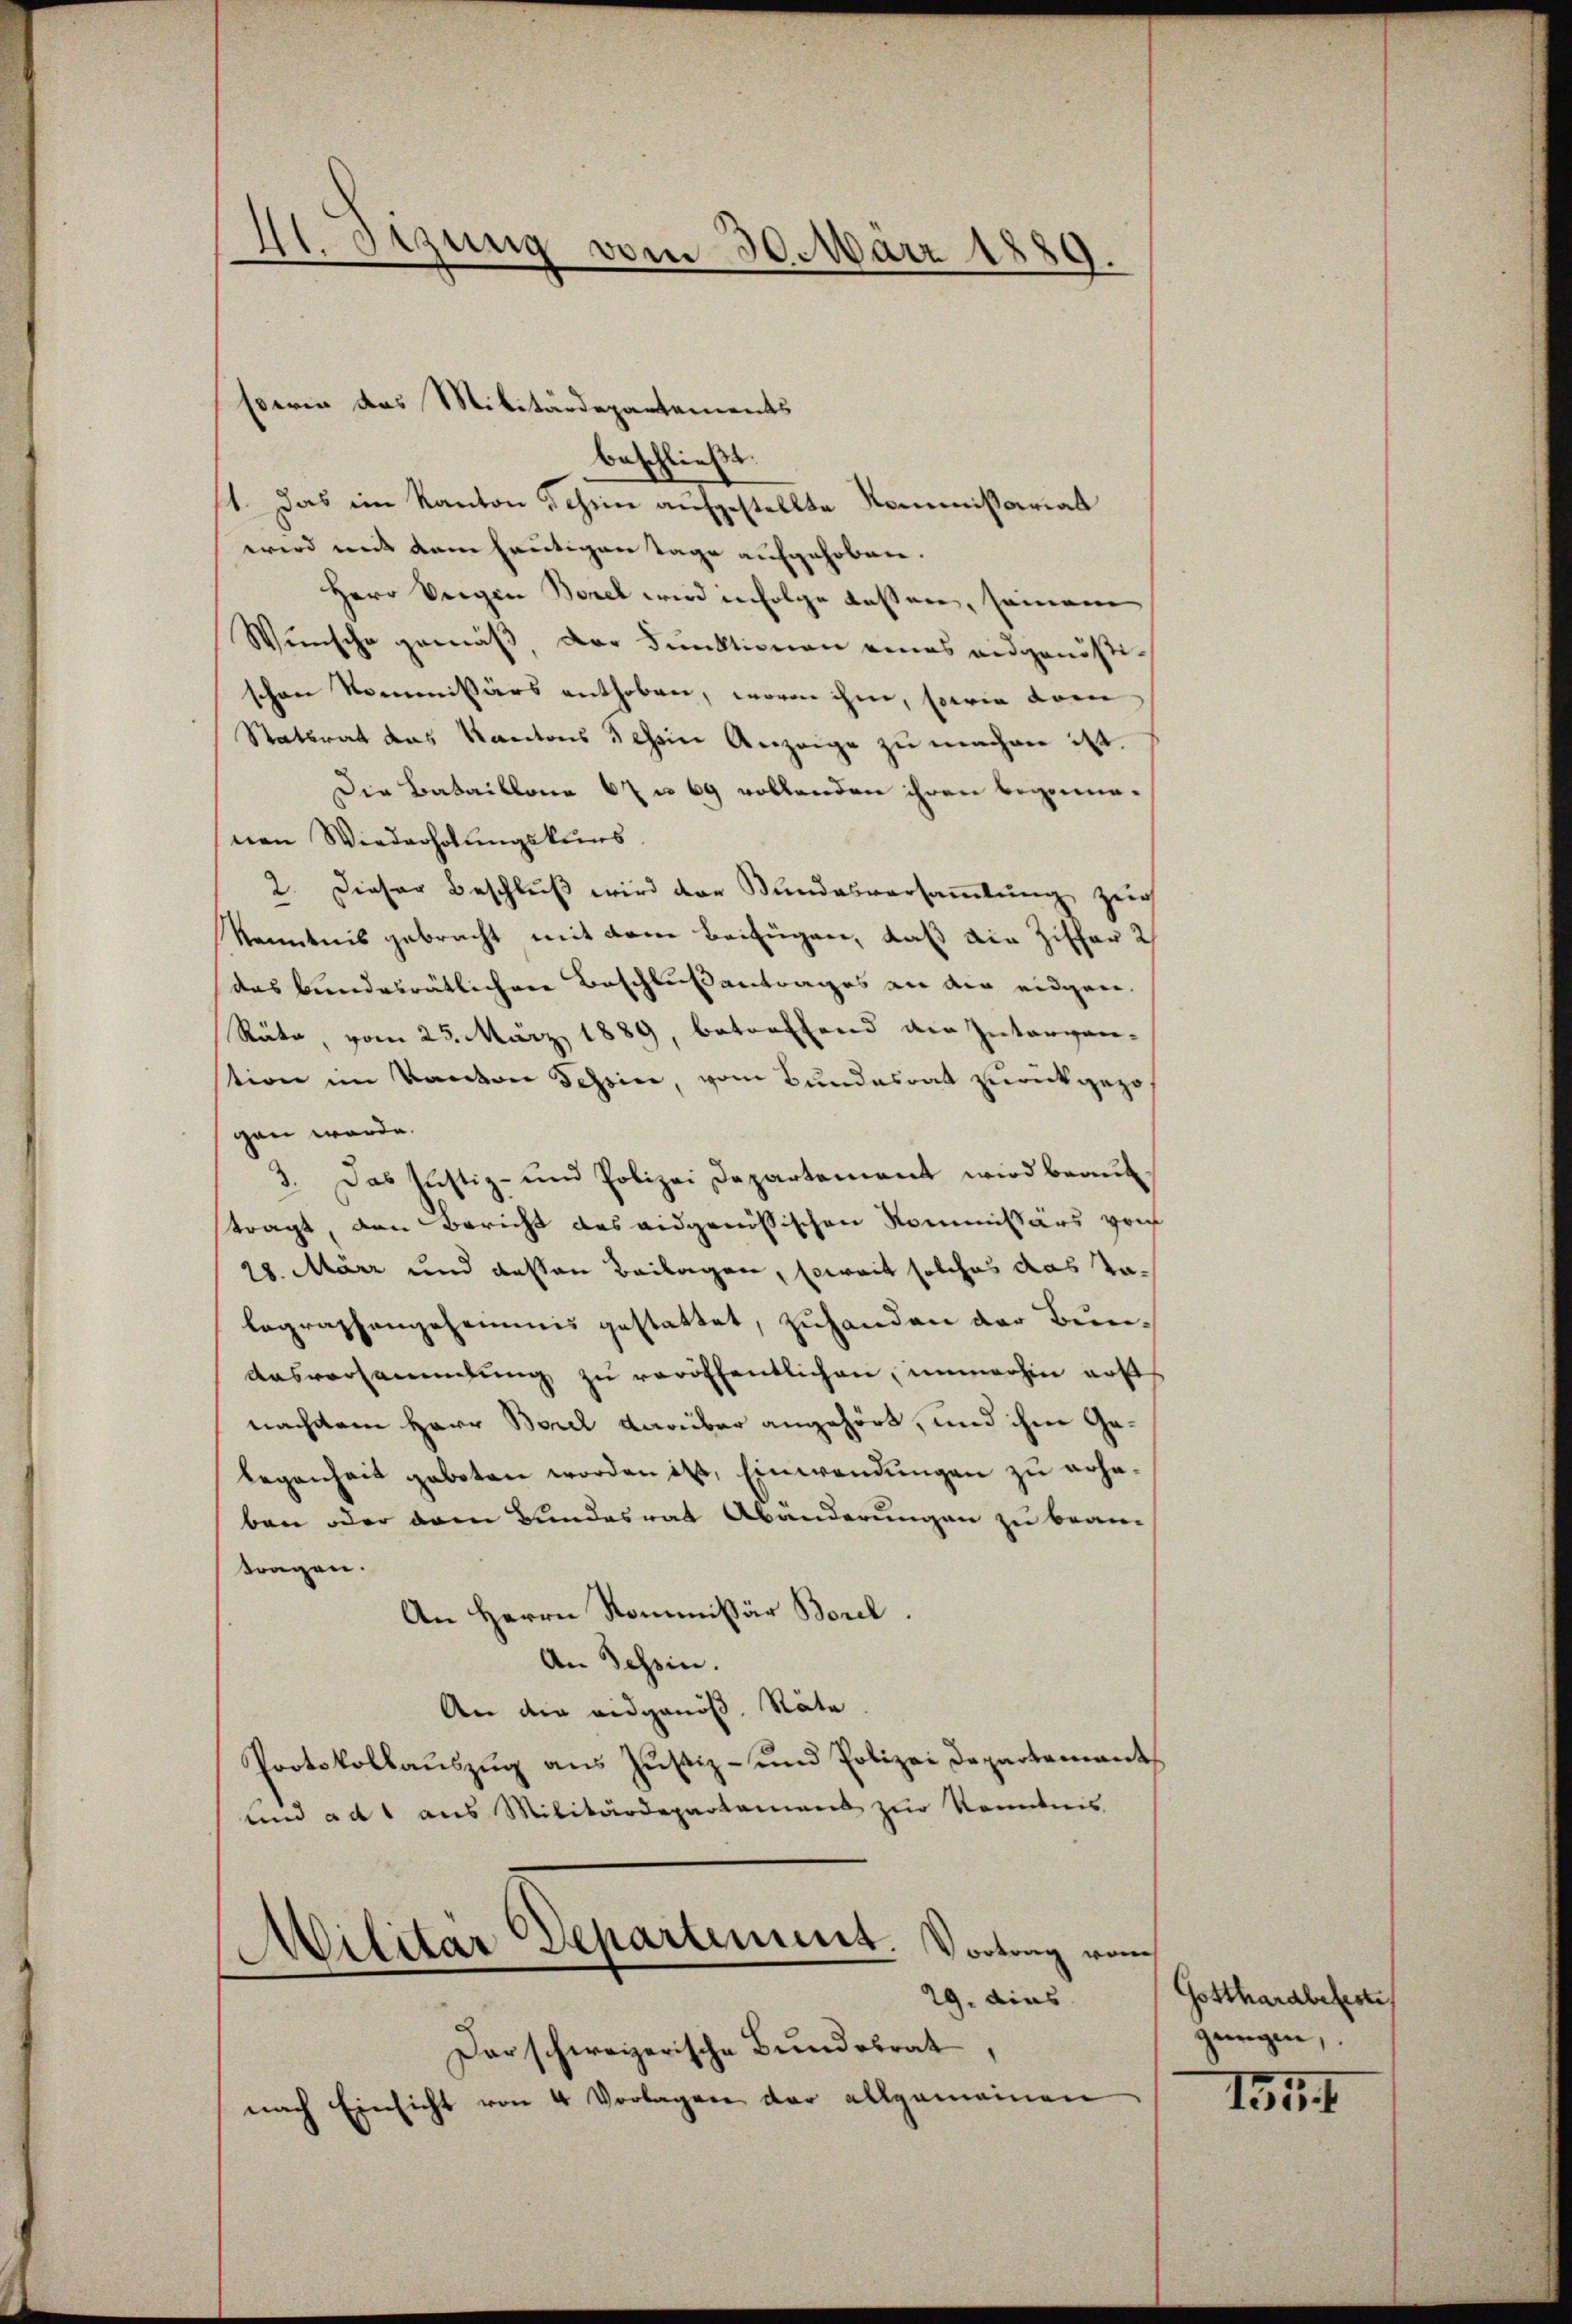
E. sizung vom 30. März 1889.

beschließt:
1. Das im Kanton Schein aufgestellte Kommissariat
wird mit dem heutigen Tage aufgehoben.
Herr Seegen Borel wird infolge Kassere, seinem
Wünsche gemäβ, der Funktionen eines eidgenößischen Kommissärs enthoben, wovon ihm, sowie dann
Statsrat das Kantons 3 chein Anzeige zu machen ist.
Die Bataillone 67 u. 69 vollenden ihren begonnenen Wiederholungskuns
2. Dieser Beschluß wird der Bundesversammlung zur
Kenntnis gebracht mit dem Beifügen, daß die Ziffer 2
das bundesrätlichere Beschlußantrages an die eidgen.
Räte, vom 23. März 1889, betreffend die Intergan-
tion im Kanton Schein, vom Bundesrat zurückgezogen würde.
3. Das Justiz- und Polizei Departement wird beaufstragt, den Bericht des eidgenössischen Kommissärs von
28. März und dessen Beilagen, soweit solches das Talegraphengehemmnis gestattet, zuhanden der Bun¬
Aasversammlung zŭ veröffentlichen, immerhin auss
nachdem Herr Borel darüber angehört, und ihm Gelegenheit geboten worden ist, Einwendungen zu erhaben oder dem Bundesrat Abänderungen zu beantragen.
An Herrn Kommissär Borel.
An Tessin.
An die eidgenöß. Räte
Protokollaŭszŭg ans Justiz- und Polizei Departement
und ad 1 aus Militärdepartement zur Kenntnis
Militär Departement. Vortrag vom
29. dies
Dar schweizerische Bundesrat
nach Einsicht von 4 Vorlagen der allgemeinen

Eserin das Militärdepartements

Gotthardbefeste
gungen,

155